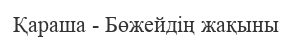
Қараша - Бөжейдің жақыны